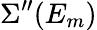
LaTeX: \Sigma^{\prime\prime}(E_{m})